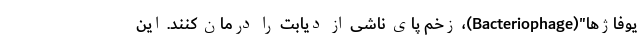
یوفاژها"(Bacteriophage)، زخم پای ناشی از دیابت را درمان کنند. این